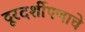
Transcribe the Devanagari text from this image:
दूरदर्शीपणाचे